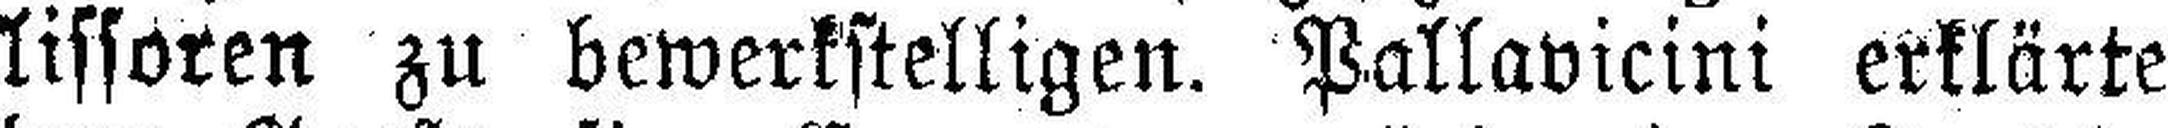
lissoren zu bewerkstelligen. Pallavicini erklärte